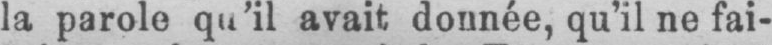
la parole qu’il avait donnée, qu’il ne fai-